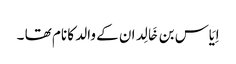
اِیَاس بن خَالِد ان کے والد کا نام تھا ۔